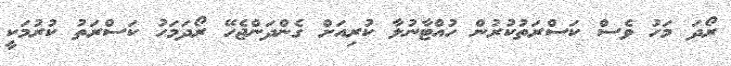
ރޯދަ މަހު ވެސް ކަސްރަތުކުރުން ހުއްޓާނުލާ ކުރިއަށް ގެންދަންޖެހޭ ރޯދަމަހު ކަސްރަތު ކުރުމަކީ